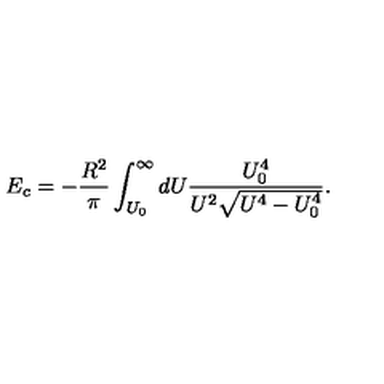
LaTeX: E _ { c } = - \frac { R ^ { 2 } } { \pi } \int _ { U _ { 0 } } ^ { \infty } d U \frac { U _ { 0 } ^ { 4 } } { U ^ { 2 } \sqrt { U ^ { 4 } - U _ { 0 } ^ { 4 } } } .